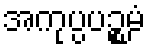
အကုပ္ပပဉ္စမံ